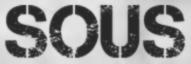
SOUS